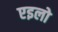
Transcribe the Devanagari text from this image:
एइलो